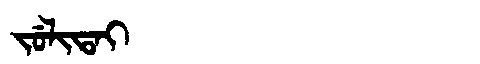
Manchu: ᠵᡠᠯᡳᡨᠠᡳ
Romanization: JULITAI